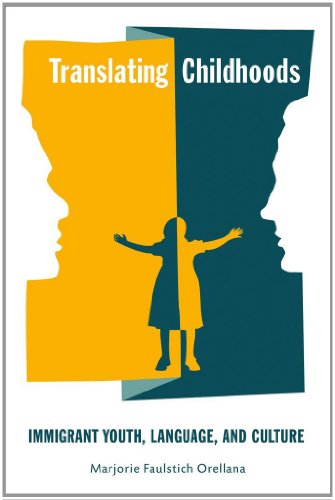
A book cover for Translating Childhoods: Immigrant Youth, Language, and Culture (Rutgers Series in Childhood Studies); Marjorie Faulstich Orellana; Reference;